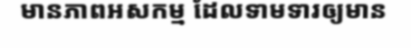
មានភាពអសកម្ម ដែលទាមទារឲ្យមាន